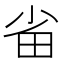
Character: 𭻂